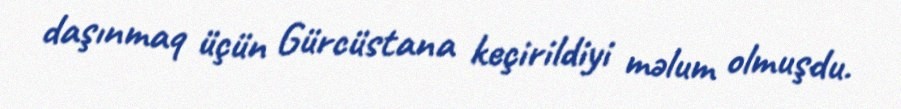
daşınmaq üçün Gürcüstana keçirildiyi məlum olmuşdu.